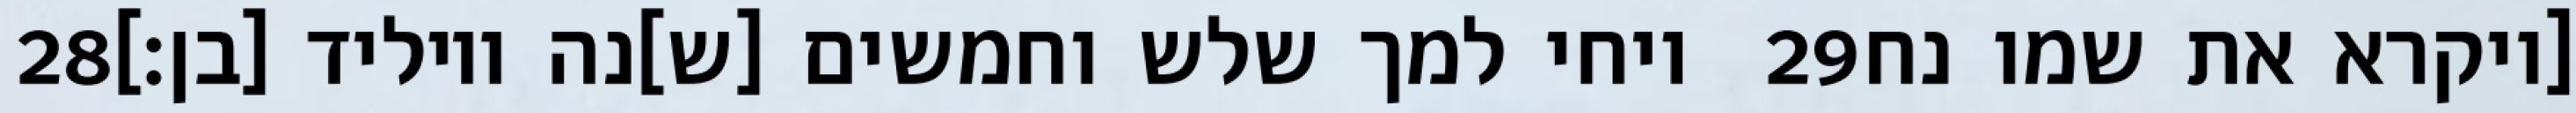
‎28‏ ויחי למך שלש וחמשים [ש]נה ויוליד [בן׃] ‎29‏ [ויקרא את שמו נח